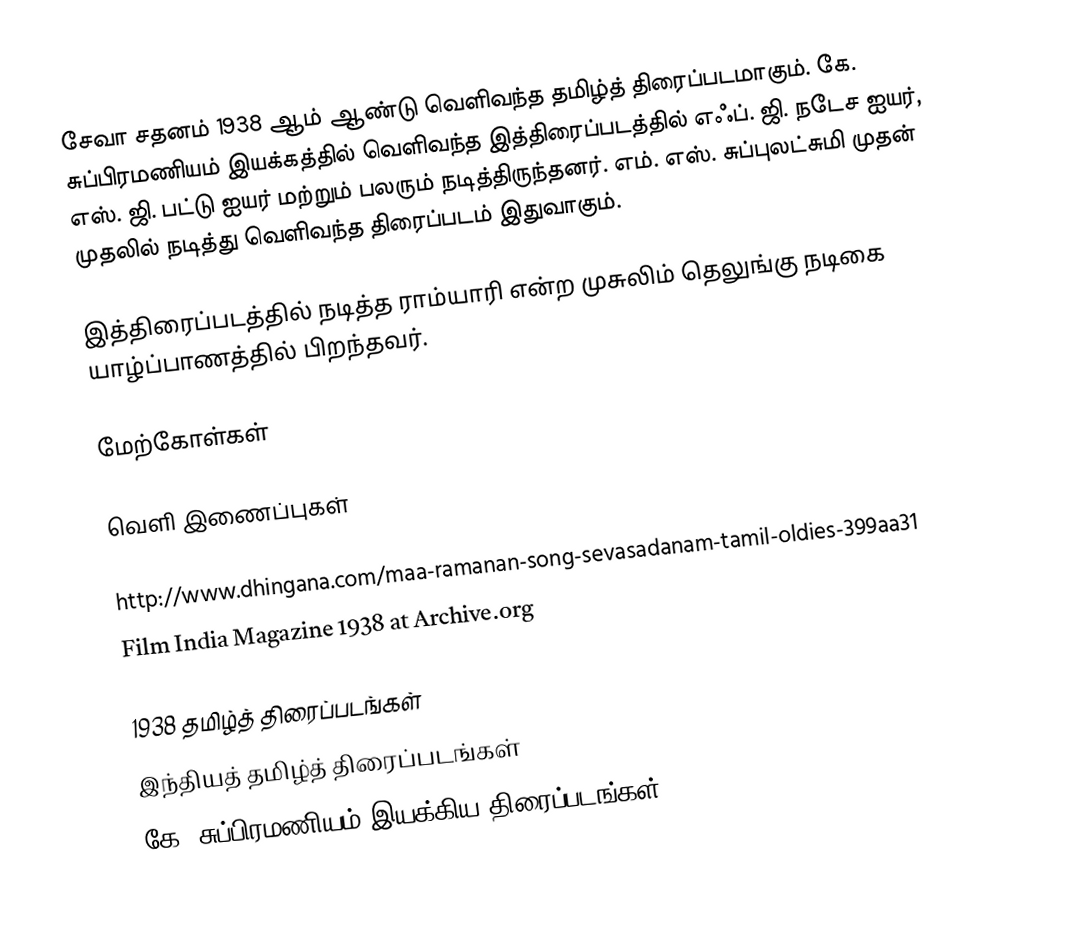
சேவா சதனம் 1938 ஆம் ஆண்டு வெளிவந்த தமிழ்த் திரைப்படமாகும். கே. சுப்பிரமணியம் இயக்கத்தில் வெளிவந்த இத்திரைப்படத்தில் எஃப். ஜி. நடேச ஐயர், எஸ். ஜி. பட்டு ஐயர் மற்றும் பலரும் நடித்திருந்தனர். எம். எஸ். சுப்புலட்சுமி முதன் முதலில் நடித்து வெளிவந்த திரைப்படம் இதுவாகும்.

இத்திரைப்படத்தில் நடித்த ராம்யாரி என்ற முசுலிம் தெலுங்கு நடிகை யாழ்ப்பாணத்தில் பிறந்தவர்.

மேற்கோள்கள்

வெளி இணைப்புகள்

 http://www.dhingana.com/maa-ramanan-song-sevasadanam-tamil-oldies-399aa31
Film India Magazine 1938 at Archive.org

1938 தமிழ்த் திரைப்படங்கள்
இந்தியத் தமிழ்த் திரைப்படங்கள்
கே. சுப்பிரமணியம் இயக்கிய திரைப்படங்கள்